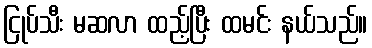
ငြုပ်သီး မဆလာ ထည့်ပြီး ထမင်း နယ်သည်။